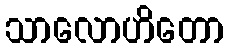
သာလောဟိတော